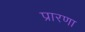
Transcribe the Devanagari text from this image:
प्रारणा